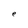
Character: e